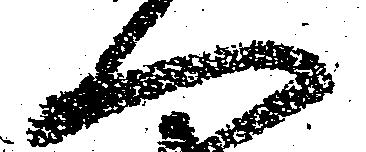
へ